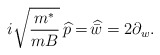
\begin{align*}i\sqrt{\frac{m^*}{mB}}\,\widehat{p}=\widehat{\!\bar{w}}=2\partial_{w}.\end{align*}